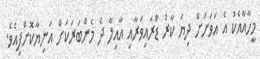
މީހާއާއެކު އެ އަވަށަށް ދިޔަ ކާރު ޑްރައިވަރާއި އާއިލާ ދެ މެންބަރަކަށް އަނިޔާކޮށްފިއެެވެ.